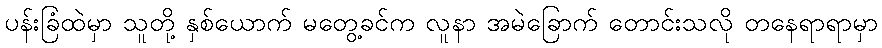
ပန်းခြံထဲမှာ သူတို့ နှစ်ယောက် မတွေ့ခင်က လူနာ အမဲခြောက် တောင်းသလို တနေရာရာမှာ